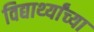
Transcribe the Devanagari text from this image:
विद्यार्थ्‍यांच्‍या